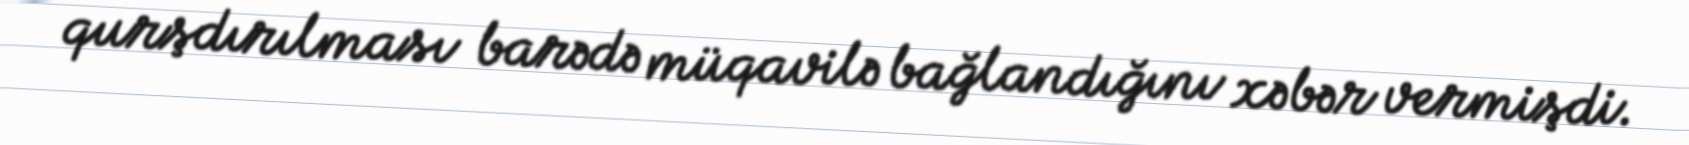
qurşdırılması barədə müqavilə bağlandığını xəbər vermişdi.